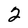
Character: 2